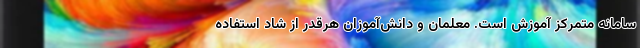
سامانه متمرکز آموزش است. معلمان و دانش‌آموزان هرقدر از شاد استفاده